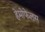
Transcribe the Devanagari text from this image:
हेमोफेलस